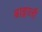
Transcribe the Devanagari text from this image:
बाङ्गाली